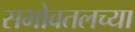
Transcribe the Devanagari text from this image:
सभोवतलच्या